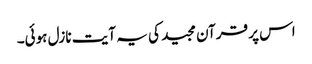
اس پر قرآن مجید کی یہ آیت نازل ہوئی۔